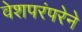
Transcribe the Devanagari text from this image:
वेशपरंपरेने